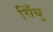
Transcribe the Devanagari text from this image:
सिँधु